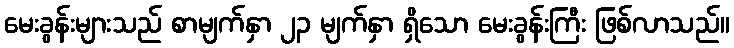
မေးခွန်းများသည် စာမျက်နှာ ၂၃ မျက်နှာ ရှိသော မေးခွန်းကြီး ဖြစ်လာသည်။